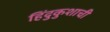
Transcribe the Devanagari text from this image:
हिंदुकुशाची